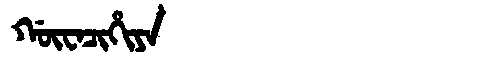
Manchu: ᡤᡡᠸᠠᠴᡳᡥᡳᠶᠠ
Romanization: GŪWACIHIYA